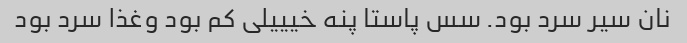
نان سیر سرد بود. سس پاستا پنه خیییلی کم بود وغذا سرد بود